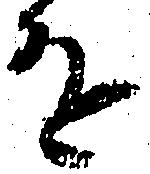
を